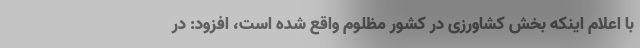
با اعلام اینکه بخش کشاورزی در کشور مظلوم واقع شده است، افزود: در